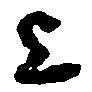
上